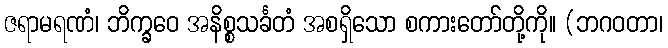
ဇရာမရဏံ၊ ဘိက္ခဝေ အနိစ္စသင်္ခတံ အစရှိသော စကားတော်တို့ကို။ (ဘဂဝတာ၊